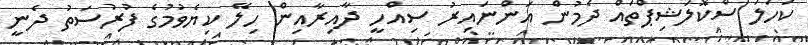
ކަހަލަ ސްކޮލަޝިޕްތައް ދެމުން އަންނައިރު ސިއްހީ ދާއިރާއިން ހިލޭ ކިޔެވުމުގެ ފުރުސަތު ދެނީ